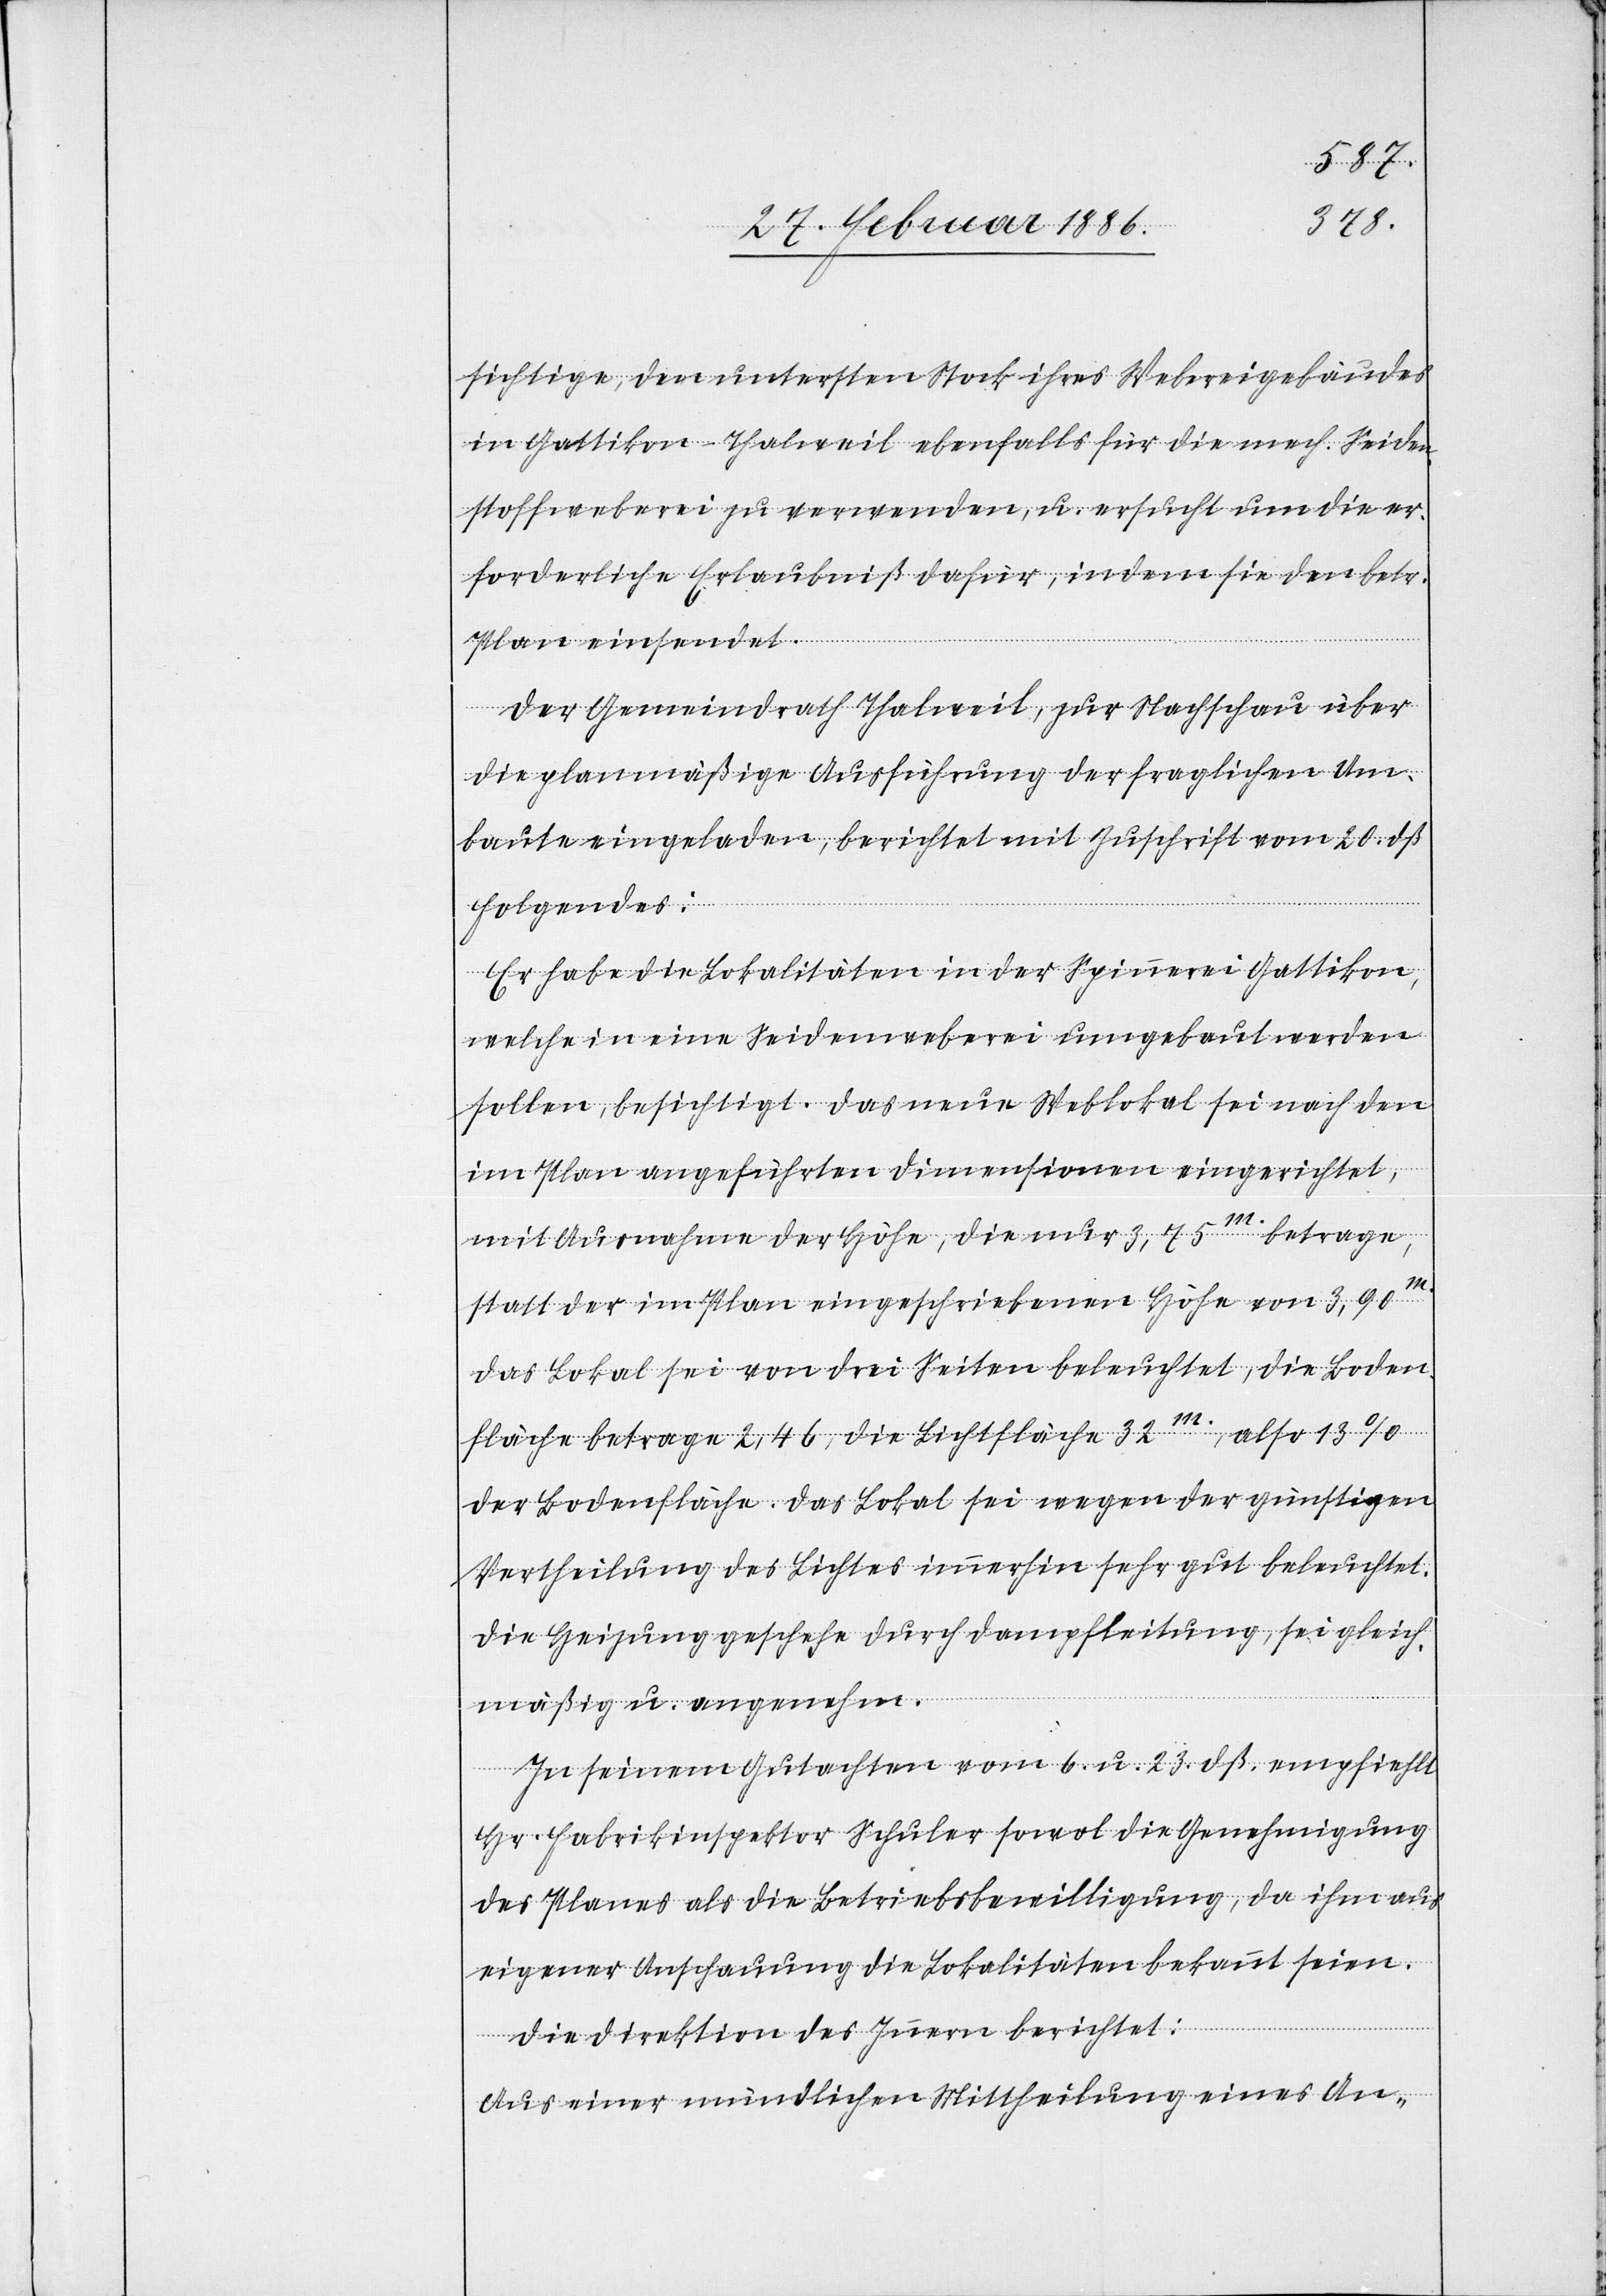
sichtige, den untersten Stock ihres Webereigebäudes
in Gattikon - Thalweil ebenfalls für die mech. Seide¬
nstoffweberei zu verwenden, u. ersucht um die er¬
forderliche Erlaubniß dafür, indem sie den betr.
Plan einsendet.
Der Gemeindrath Thalweil, zur Nachschau über
die planmäßige Ausführung der fraglichen Um¬
baute eingeladen, berichtet mit Zuschrift vom 20. dß.
folgendes:
Er habe die Lokalitäten in der Spinnerei Gattikon,
welche in eine Seidenweberei umgebaut werden
sollen, besichtigt. Das neue Weblokal sei nach den
im Plan angeführten Dimensionen eingerichtet,
mit Ausnahme der Höhe, die nur 3,75m. betrage,
statt der im Plan eingeschriebenen Höhe von 3.90m.
das Lokal sei von drei Seiten beleuchtet, die Boden¬
fläche betrage 2,46, die Lichtfläche 32m., also 13%
der Bodenfläche. Das Lokal sei wegen der günstigen
Vertheilung des Lichtes immerhin sehr gut beleuchtet.
Die Heizung geschehe durch Dampfleitung, sei gleich¬
mäßig u. angenehm.
In seinem Gutachten vom 6. u. 23. dß. empfiehlt
Hr. Fabrikinspektor Schuler sowol die Genehmigung
des Planes als die Betriebsbewilligung, da ihm aus
eigener Anschauung die Lokalitäten bekannt seien.
Die Direktion des Innern berichtet:
Aus einer mündlichen Mittheilung eines An-